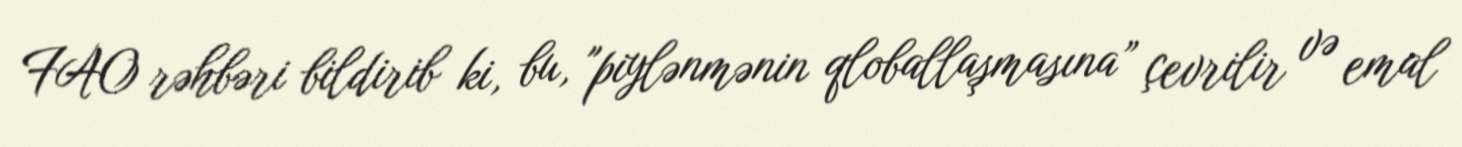
FAO rəhbəri bildirib ki, bu, "piylənmənin qloballaşmasına” çevrilir və emal